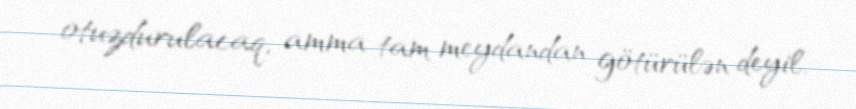
otuzdurulacaq, amma tam meydandan götürülən deyil.